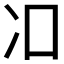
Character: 𱏿